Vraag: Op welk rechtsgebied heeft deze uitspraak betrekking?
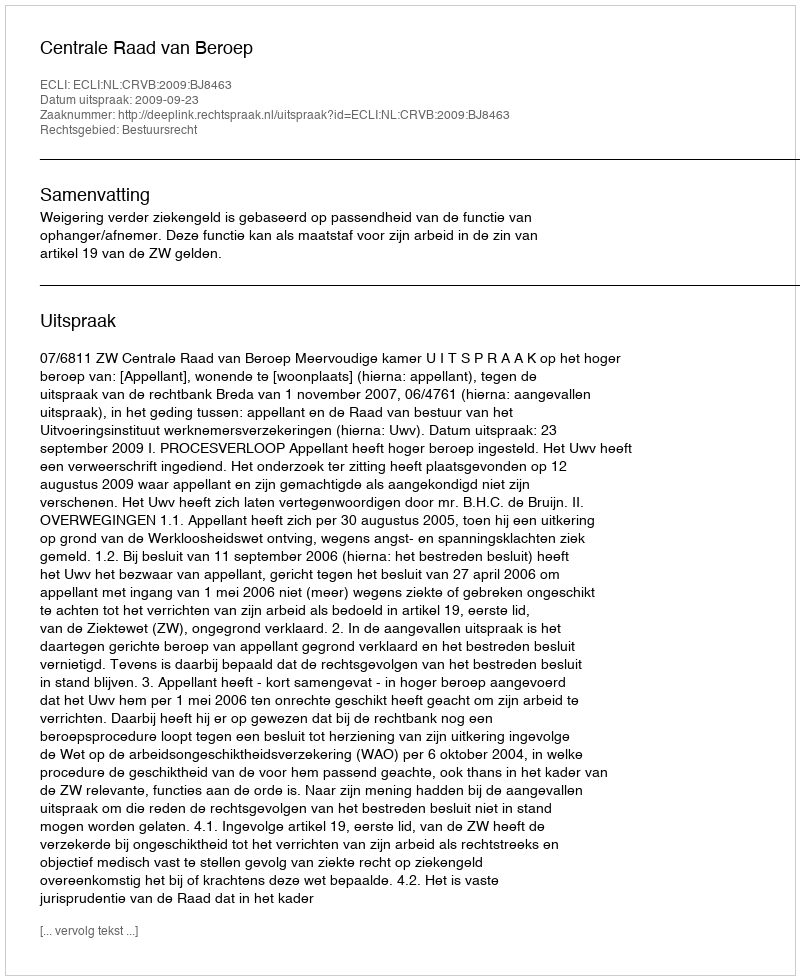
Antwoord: Bestuursrecht